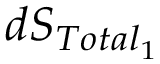
d S _ { T o t a l _ { 1 } }